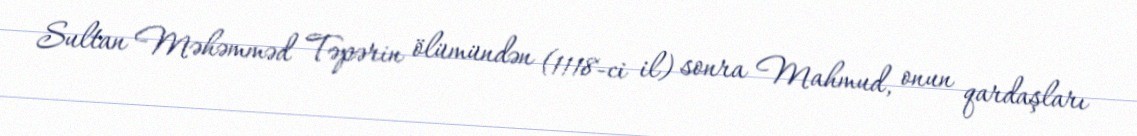
Sultan Məhəmməd Təpərin ölümündən (1118-ci il) sonra Mahmud, onun qardaşları